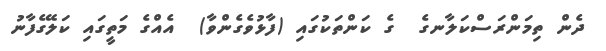
ދެން ތިމަންރަސްކަލާނގެ  ގެ ކަންތަކުގައި (ފާޅުވެގެންވާ)  އެއްގެ މަތީގައި ކަލޭގެފާނު